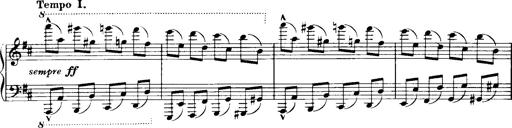
Title: Historische ungarische Bildnisse
Composer: Franz Liszt